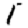
Digit: 1